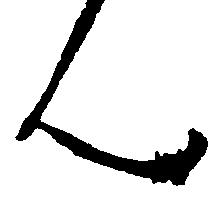
ん